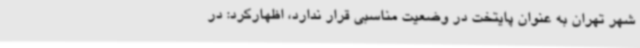
شهر تهران به عنوان پایتخت در وضعیت مناسبی قرار ندارد، اظهارکرد: در